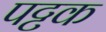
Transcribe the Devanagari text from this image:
पट्टक